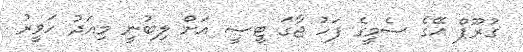
ގުރޫޕް އޭގެ ސެމީގެ ފަހު ޖާގަ ޓީސީ އަށް ލިބުނީ މިއަދު ހަވީރު